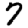
Digit: 7